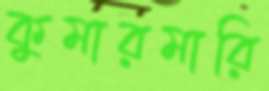
কুমারমারি